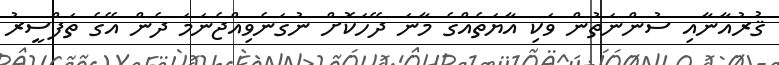
ޤުރުއާނާއި ސުންނަތުން ވަކި އާޔަތެއްގެ މާނަ ދޭހަކޮށް ނުގަނެވިއްޖެނަމަ ދެން އޭގެ ތަފްސީރު